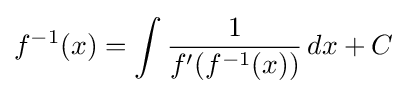
{f^{-1}}(x)=\int {\frac {1}{f'({f^{-1}}(x))}}\,{dx}+C